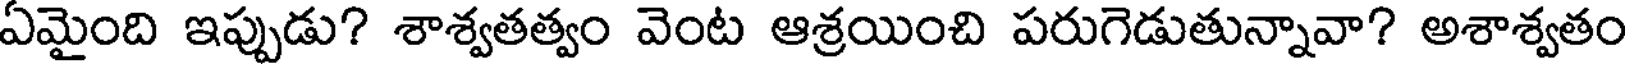
ఏమైంది ఇప్పుడు? శాశ్వతత్వం వెంట ఆశ్రయించి పరుగెడుతున్నావా? అశాశ్వతం